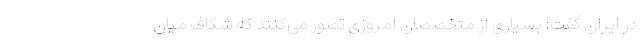
در ایران گفت: بسیاری از متخصصان امروزی تصور می‌کنند که شکاف میان